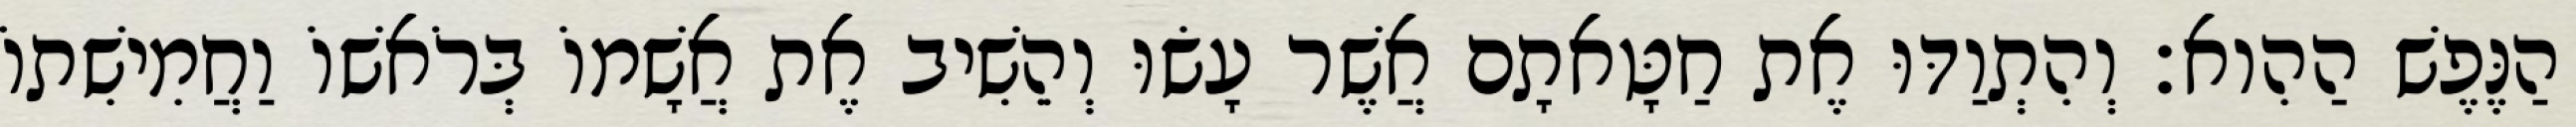
הַנֶּפֶשׁ הַהִוא׃ וְהִתְוַדּוּ אֶת חַטָּאתָם אֲשֶׁר עָשׂוּ וְהֵשִׁיב אֶת אֲשָׁמוֹ בְּרֹאשׁוֹ וַחֲמִישִׁתוֹ